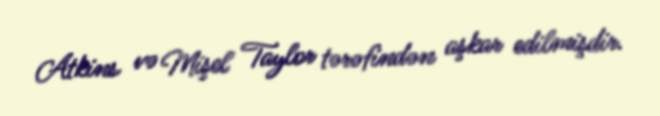
Atkins və Mişel Taylor tərəfindən aşkar edilmişdir.